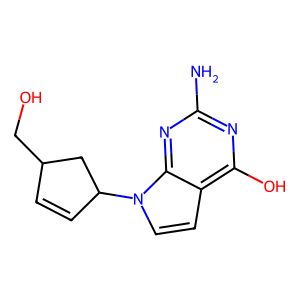
SMILES: Nc1nc(O)c2ccn(C3C=CC(CO)C3)c2n1
Inhibits HIV replication: No